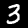
Digit: 3